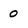
Character: 0